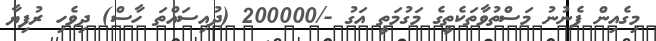
މިގެއިން ފެނުނު މަސްތުވާތަކެތީގެ މަގުމަތީ އަގު -/200000 (ދުއިސައްތަ ހާސް) ދިވެހި ރުފިޔާ